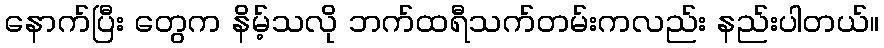
နောက်ပြီး တွေက နိမ့်သလို ဘက်ထရီသက်တမ်းကလည်း နည်းပါတယ်။